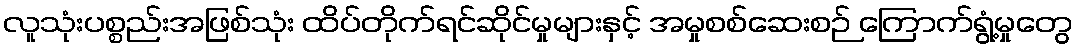
လူသုံးပစ္စည်းအဖြစ်သုံး ထိပ်တိုက်ရင်ဆိုင်မှုများနှင့် အမှုစစ်ဆေးစဉ် ကြောက်ရွံ့မှုတွေ